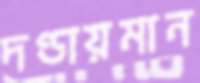
দণ্ডায়মান